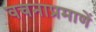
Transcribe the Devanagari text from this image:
वचनाप्रमाणें